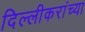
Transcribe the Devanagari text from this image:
दिल्लीकरांच्या